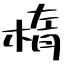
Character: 楕